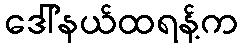
ဒေါ်နယ်ထရန့်က